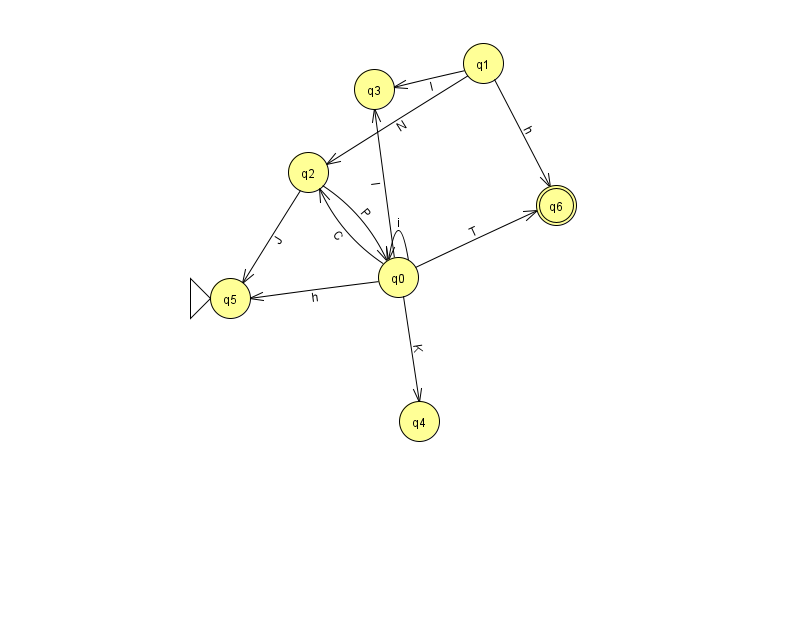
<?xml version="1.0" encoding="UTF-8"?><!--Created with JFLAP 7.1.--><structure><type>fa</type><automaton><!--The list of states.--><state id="0" name="q0"><x>398.0</x><y>264.0</y></state><state id="1" name="q1"><x>483.0</x><y>50.0</y></state><state id="2" name="q2"><x>308.0</x><y>159.0</y></state><state id="3" name="q3"><x>374.0</x><y>76.0</y></state><state id="4" name="q4"><x>419.0</x><y>408.0</y></state><state id="5" name="q5"><x>230.0</x><y>285.0</y><initial/></state><state id="6" name="q6"><x>556.0</x><y>192.0</y><final/></state><!--The list of transitions.--><transition><from>0</from><to>6</to><read>T</read></transition><transition><from>2</from><to>0</to><read>P</read></transition><transition><from>0</from><to>2</to><read>C</read></transition><transition><from>1</from><to>6</to><read>h</read></transition><transition><from>1</from><to>3</to><read>l</read></transition><transition><from>1</from><to>2</to><read>N</read></transition><transition><from>0</from><to>3</to><read>I</read></transition><transition><from>0</from><to>0</to><read>i</read></transition><transition><from>2</from><to>5</to><read>J</read></transition><transition><from>0</from><to>5</to><read>h</read></transition><transition><from>0</from><to>4</to><read>K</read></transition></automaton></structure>